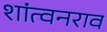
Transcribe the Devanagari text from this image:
शांत्वनराव